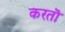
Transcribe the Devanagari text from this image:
करतॊ